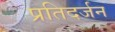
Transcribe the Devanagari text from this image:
प्रतिदर्जन